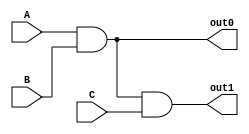
module conf_chave(A, B, C, out0, out1);
	input A, B, C;
	output out0, out1;
	
	wire T0;

	and And0 (T0, A, B);
	wire out0 = T0;
	and And1 (out1, T0, C);
	

endmodule